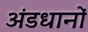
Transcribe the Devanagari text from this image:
अंडधानों